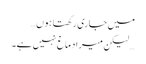
میں جاری رکھتا ہوں…
… لیکن میرا دماغ نہیں ہے۔